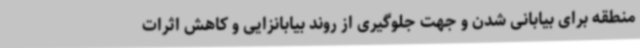
منطقه برای بیابانی شدن و جهت جلوگیری از روند بیابانزایی و کاهش اثرات